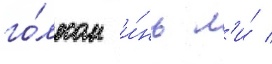
го́лосом и́нь л'и́ /